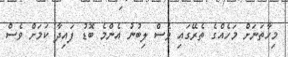
މިހާތަނަށް މަހެއްގެ ތެރޭގައި ވެސް ލިބުނު އެންމެ ބޮޑު ފައިދާ ކަމަށް ވެސް